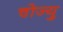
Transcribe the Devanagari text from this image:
चोज्यु